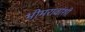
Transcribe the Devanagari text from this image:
भीमरावांशी